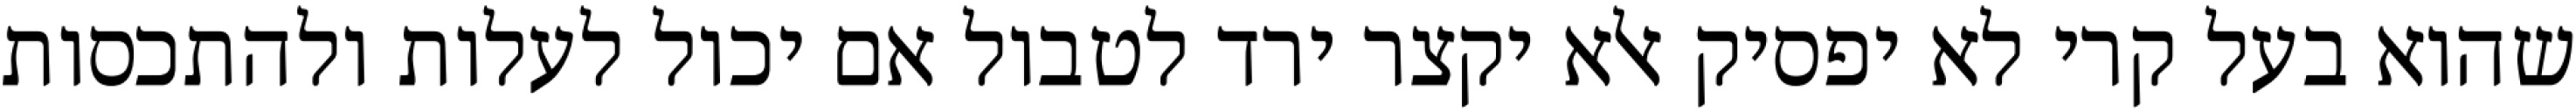
שהוא בעל קרי לא יפסיק אלא יקצר ירד לטבול אם יכול לעלות ולהתכסות